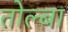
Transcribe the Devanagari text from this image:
तोल्बा